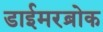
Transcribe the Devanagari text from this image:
डाईमरब्रोक